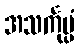
အသင်္ကုပ္ပံ